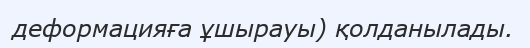
деформацияға ұшырауы) қолданылады.